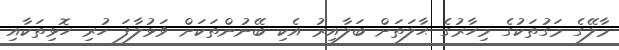
މާލޭގެ މަގުތަކުގެ މިހާރުގެ ޙާލަތަށް ބަލާއިރު އެކި ބޭނުންތަކަށް ވަޅުލާފަ ހުރި ހޮޅިތަކާއި